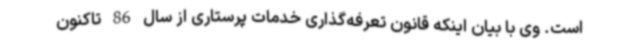
است. وی با بیان اینکه قانون تعرفه‌گذاری خدمات پرستاری از سال 86 تاکنون